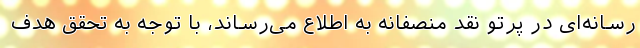
رسانه‌ای در پرتو نقد منصفانه به اطلاع می‌رساند، با توجه به تحقق هدف